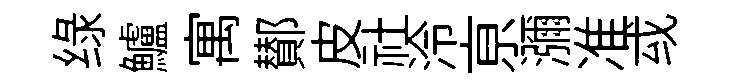
绿鱸寓鄼皮社泠亰瀰准㦯